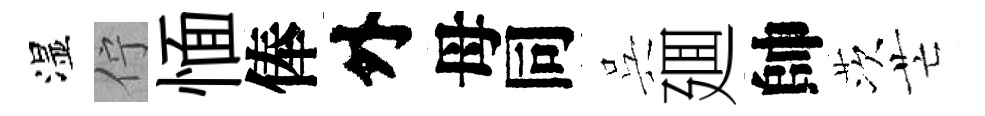
湿佇愐俸外母同呉廽帥茨芒